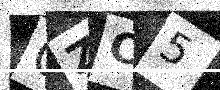
Text: OZC5